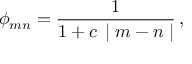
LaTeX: \phi _ { m n } = \frac { 1 } { 1 + c \, \mid m - n \mid } \, ,